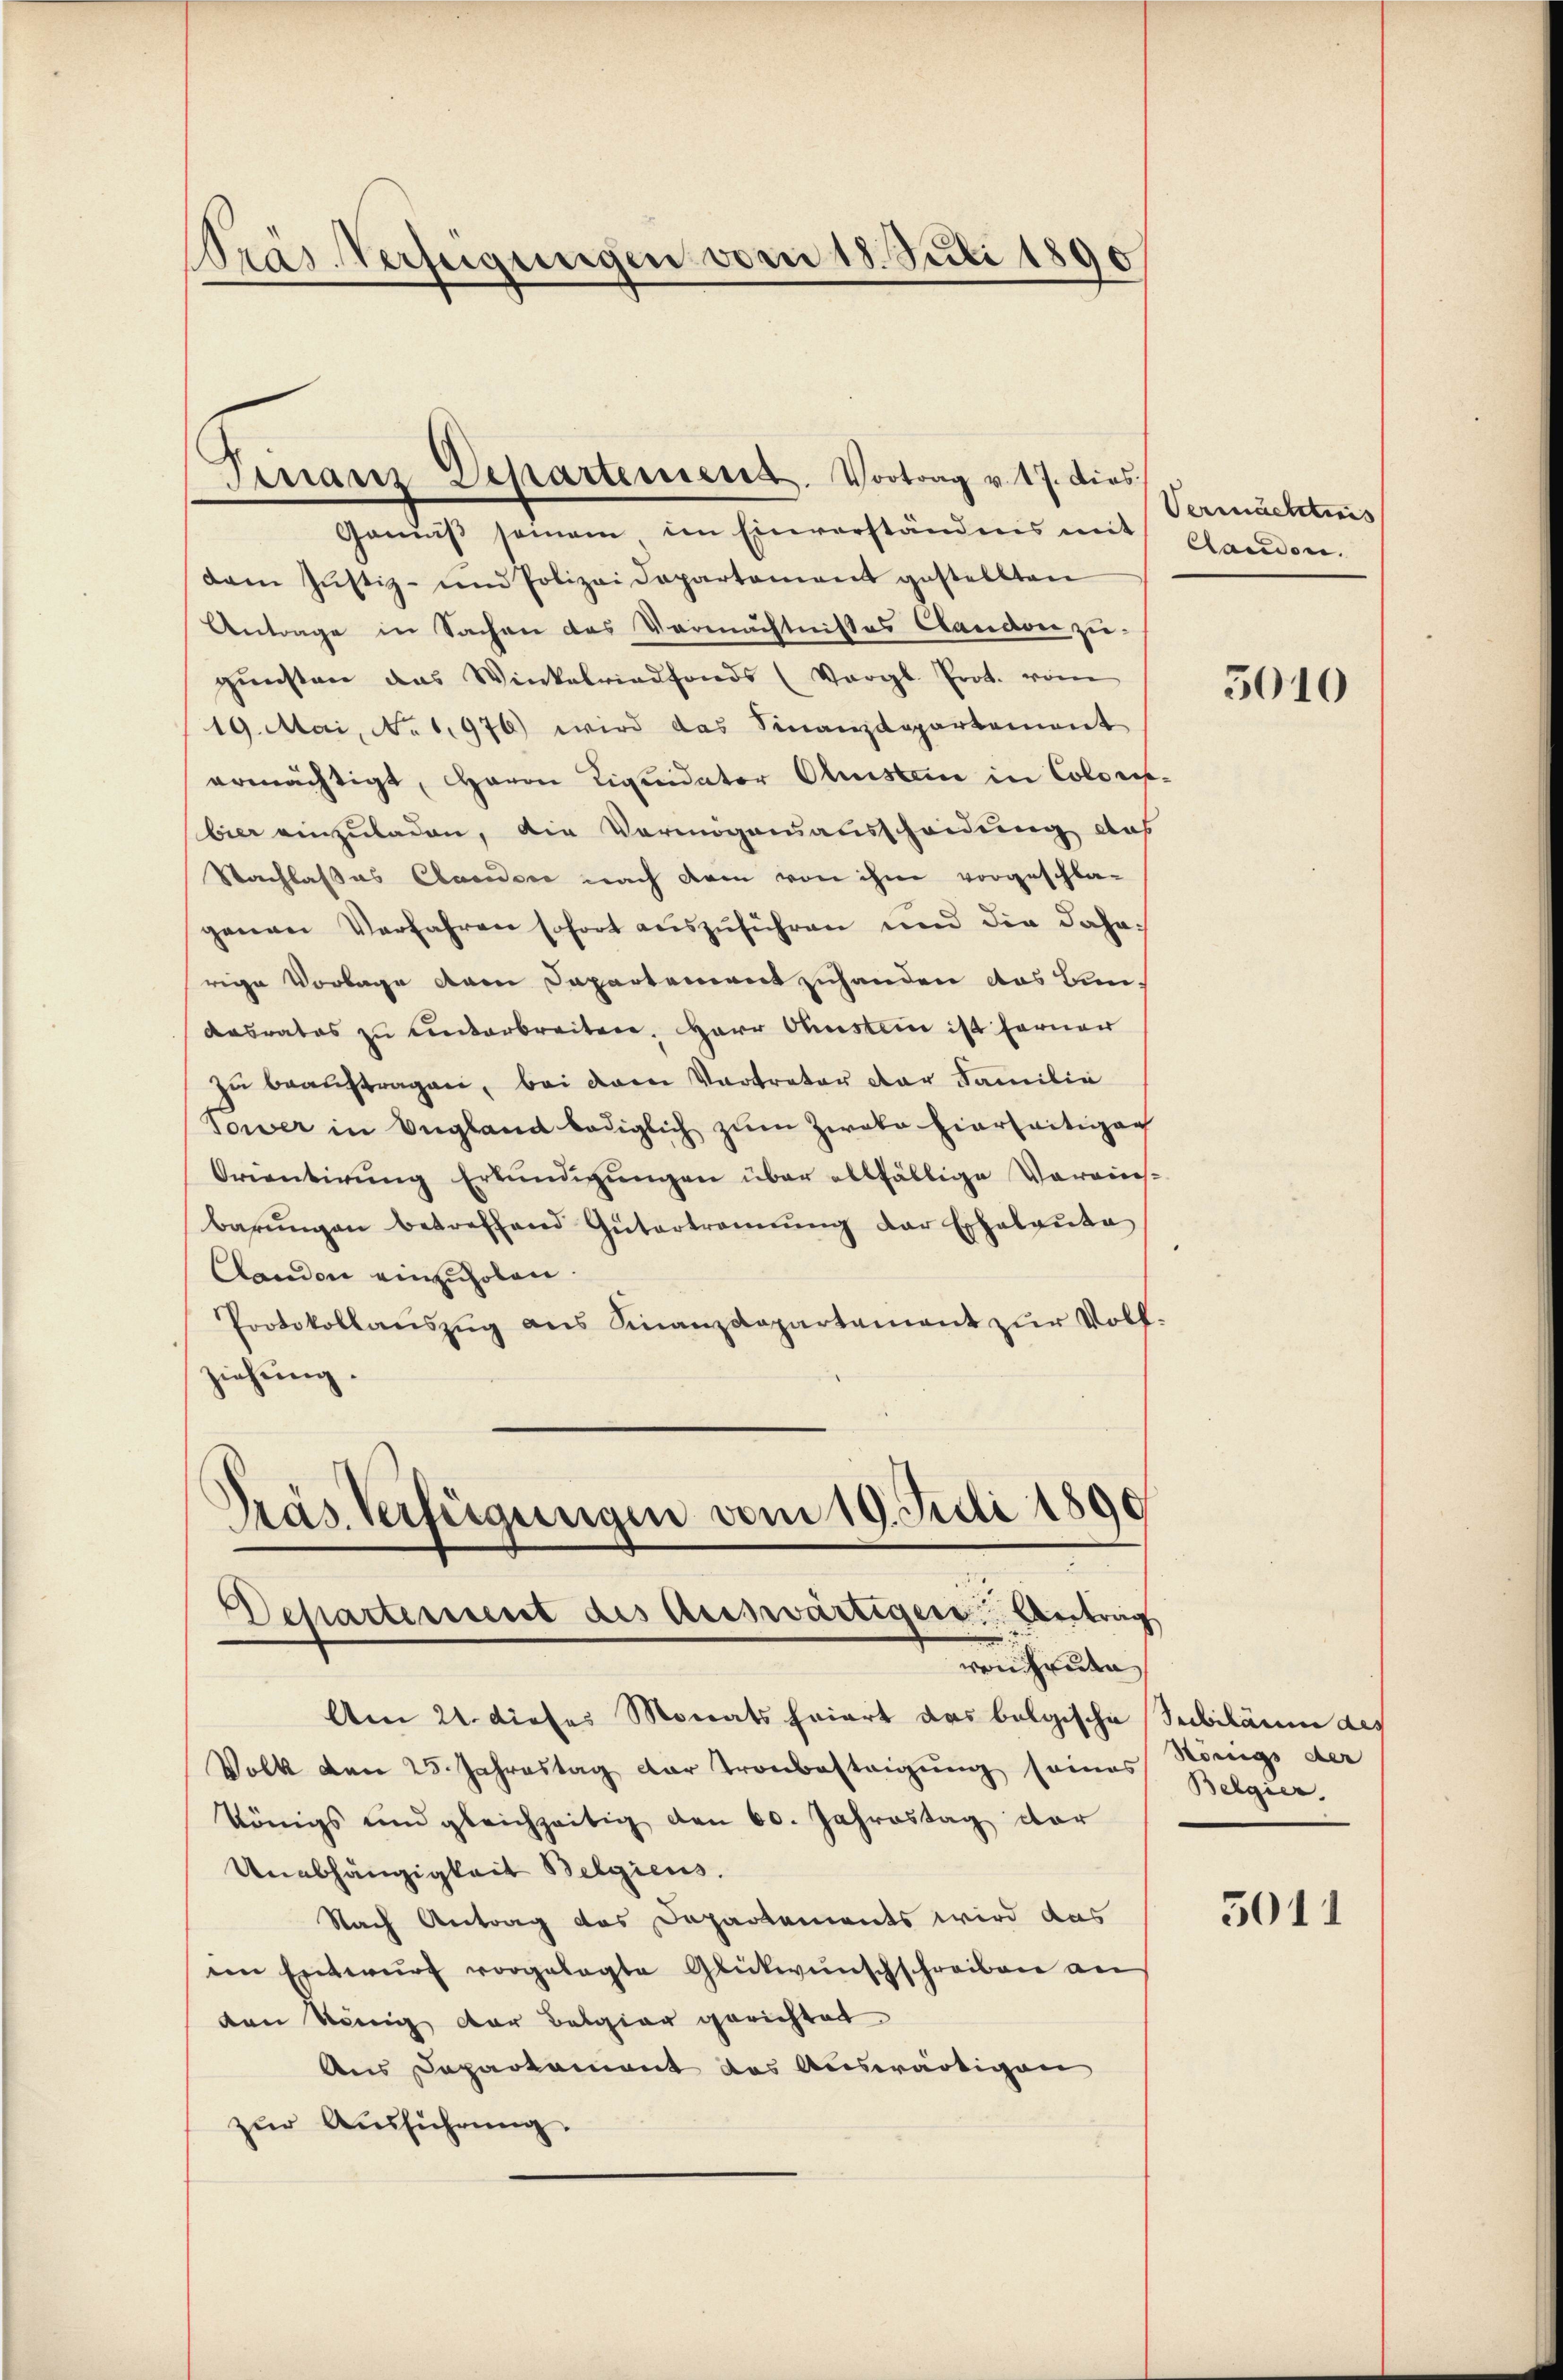
Pras Verfügungen vom 18. Juli 1890

dam Jŭstiz- und Polizei Departement gestellten
Antrage in Sachen des Vermächtnisses Candon zugünsten das Winkelriedfonds (Vergl. Prot. vom
19. Mai, No 1,976) wird das Finanzdepartement
ermächtigt, Herrn Liquidator Osten in Colores-
bier einzuladen, die Vermögensausscheidung des
Nachlasses Candere nach dem von ihm vorgeschla-
genen Verfahren sofort auszuführen und die Jahrsrige Vorlage dem Departement zuhanden das Kindasrates zu unterbreiten, Herr Oberstein ist ferner
zu beauftragen, bei dem Vertreter der Familie
Tower in England bediglich zum Zweke hierseitigen
Orientirŭng Erkŭndigŭngen über allfällige Voraus-
barŭngen betreffend Gütertrannŭng der Echalaŭte
Caudon einzuholen.
Protokollauszug aus Finanzdepartement zur Vollziehung.

Finanz Departement. Vortrag v. 17. dies
Gemäβ semann im Einverständnis mit Gandon.

Pras Verfügungen vom 19. Juli 1890
Desartement des Auswärtigen Antrag
ven heute

Vermächtig

Am 21. dieses Monats Friert das belgische Subiläum des
Volk den 25. Jahrestag der Tronbestrigung seines
königs und gleichzeitig den 60. Jahrestag dar
Unabhängigkeit Belgiens.
Nach Antrag des Departements wird das
ein Entwŭrf vorgelegte Glückwünschschreiben an
den könig der Belgier gerichtet
Aus Departement des Auswärtigen
zur Ausführung.

5010

Königs der
Belgier

5011